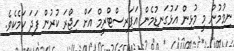
ނިމުމުން މީ މުޅިން އަޅުގަނޑުމެން އަޕަރސްޓްރީމް އަށް ހިޖްރަ ކުރުން ފަދަ ކަމެކެވެ.